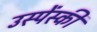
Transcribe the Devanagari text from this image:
उस्पेंस्की